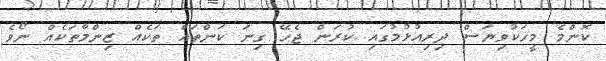
ކޮންމެ މީހަކުވިޔަސް ދިރިއުޅުމުގައި ކުރަން ޖެހޭ ގިނަ ކަންތައް ތަކެއް ޒިންމާތަކެއް ނޯވެ